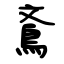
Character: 鴍